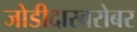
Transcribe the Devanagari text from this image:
जोडीदारबरोबर